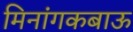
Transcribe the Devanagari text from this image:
मिनांगकबाऊ